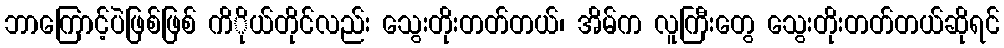
ဘာကြောင့်ပဲဖြစ်ဖြစ် ကိိုယ်တိုင်လည်း သွေးတိုးတတ်တယ်၊ အိမ်က လူကြီးတွေ သွေးတိုးတတ်တယ်ဆိုရင်